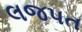
લજપત